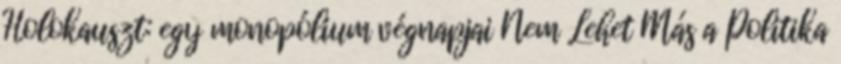
Holokauszt: egy monopólium végnapjai Nem Lehet Más a Politika